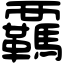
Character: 覊